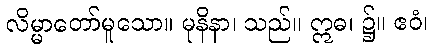
လိမ္မာတော်မူသော။ မုနိနာ၊ သည်။ ဣဓ၊ ၌။ ဧဝံ၊